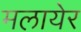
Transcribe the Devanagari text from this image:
मलायेर